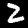
Digit: 2